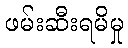
ဖမ်းဆီးရမိမှု